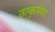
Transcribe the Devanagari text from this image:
ठाकुरिया